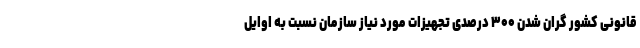
قانونی کشور گران شدن ۳۰۰ درصدی تجهیزات مورد نیاز سازمان نسبت به اوایل